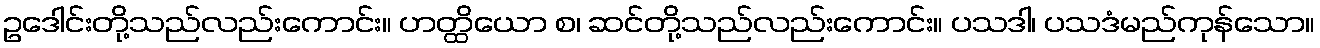
ဥဒေါင်းတို့သည်လည်းကောင်း။ ဟတ္ထိယော စ၊ ဆင်တို့သည်လည်းကောင်း။ ပသဒါ၊ ပသဒံမည်ကုန်သော။